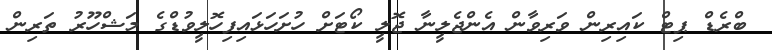
ބްރެޑް ޕިޓް ކައިރިން ވަރިވާން އެންޖެލީނާ ޖޮލީ ކޯޓަށް ހުށަހަޅައިފިހޮލީވުޑްގެ މަޝްހޫރު ތަރިން